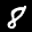
Label: 8